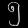
Digit: ၅